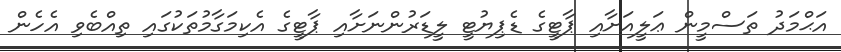
އަޙްމަދު ތަސްމީން ޢަލީއަށާއި ޕާޓީގެ ޑެޕިޔުޓީ ލީޑަރުންނަށާއި ޕާޓީގެ އެކިމަގާމުތަކުގައި ތިއްބެވި އެހެން